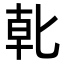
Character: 𭅓